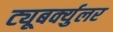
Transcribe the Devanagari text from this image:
ट्यूबर्क्युलर